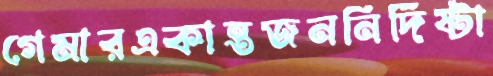
গেমারএকান্তজননির্দিষ্টা